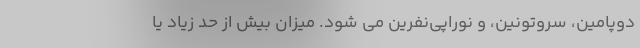
دوپامین، سروتونین، و نوراپی‌نفرین می شود. میزان بیش از حد زیاد یا